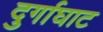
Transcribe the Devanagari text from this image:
दुर्गाघाट